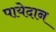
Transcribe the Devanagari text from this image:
पायेदान